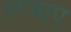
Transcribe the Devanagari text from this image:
लजाए